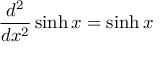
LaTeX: { \frac { d ^ { 2 } } { d x ^ { 2 } } } \sinh x = \sinh x